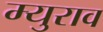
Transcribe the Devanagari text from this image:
म्युराव